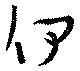
伊